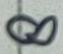
Text: 8